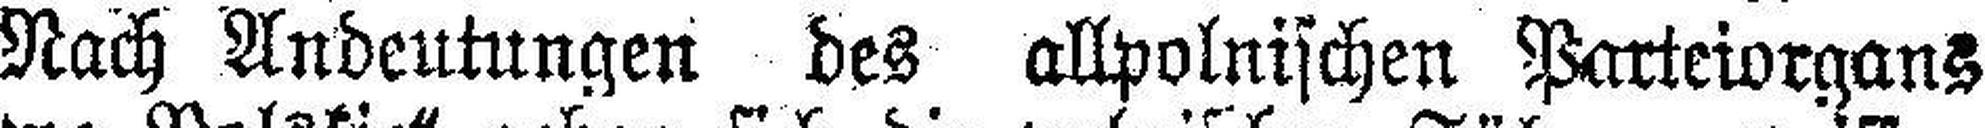
Nach Andeutungen des allpolnischen Parteiorgans